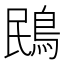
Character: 鴖